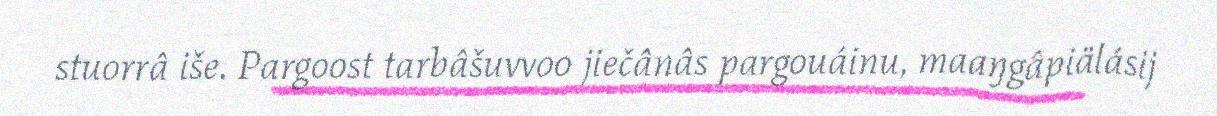
stuorrâ iše. Pargoost tarbâšuvvoo jiečânâs pargouáinu, maaŋgâpiälásij